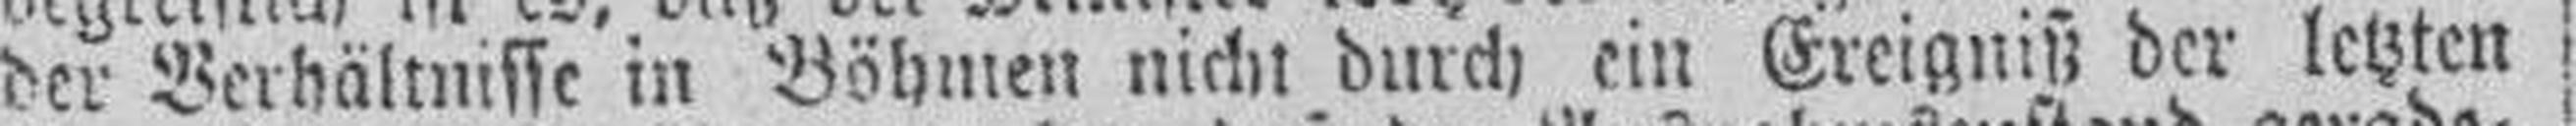
der Verhältnisse in Böhmen nicht durch ein Ereigniß der letzten